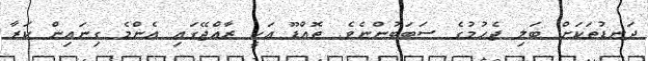
ދަނޑުތަކަށް ބަލި ޖެހުމުގެ ސަބަބުންނެވެ. ތޮއްޑޫ އަކީ ރާއްޖޭގައި އެންމެ ގިނައިން ކަރާ